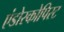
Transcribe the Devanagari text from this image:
एंडोस्कोपिस्ट